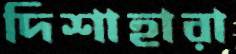
দিশাহারা